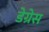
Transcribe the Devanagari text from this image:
डेग्रेस